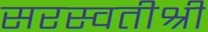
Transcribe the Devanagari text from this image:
सरस्वतीश्री